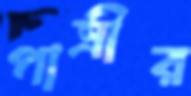
পাত্রীর